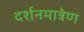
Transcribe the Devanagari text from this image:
दर्शनमात्रेण